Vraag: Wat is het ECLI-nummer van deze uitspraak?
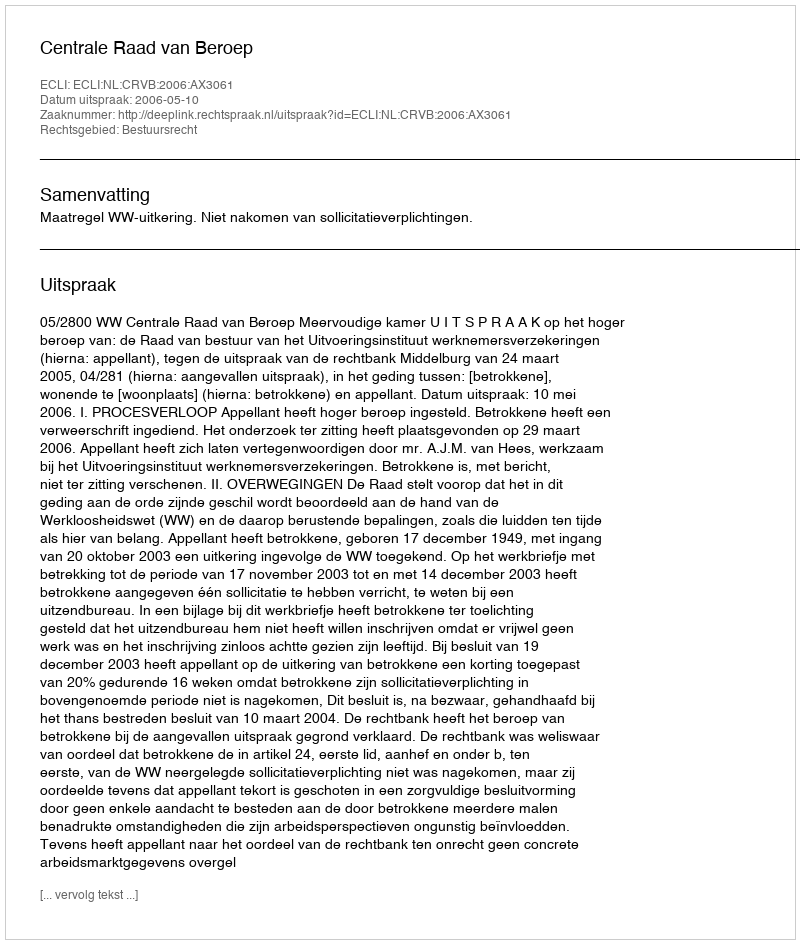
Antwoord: ECLI:NL:CRVB:2006:AX3061